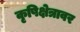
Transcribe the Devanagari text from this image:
कृषिक्षेत्रावर